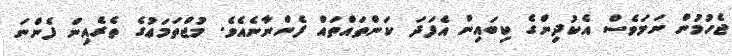
ޖެހުމުން ނަމަވެސް އެކުދިންގެ ކިބައިން އެފަދަ ކަންތައްތައް ފެންނާނެއެވެ. މުޖްތަމަޢުގެ ތެރެއިން ފެންނަ